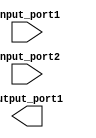
module behavioral_modeling_block(
    input wire input_port1,
    input wire input_port2,
    output reg output_port1
);

task generate_tasks;
begin
    // Define sequence of operations/tasks here
    // Include conditionals, loops, and control structures as needed
    // Abstract away specific implementation details
end
endtask

initial begin
    // Execute task sequentially
    generate_tasks;
end

endmodule